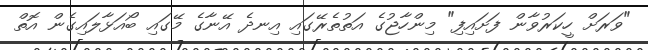
"ވަރަށް ހީކަރުވާން ފަށައިފި" މިންހާޖުގެ އަތުތެރޭގައި އިނދެ އޭނާގެ މޭގައި ބޯއަޅާލައިގެން އޮތް